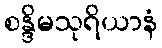
စန္ဒိမသုရိယာနံ